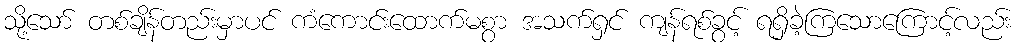
သို့သော် တစ်ချိန်တည်းမှာပင် ကံကောင်းထောက်မစွာ အသက်ရှင် ကျန်ရစ်ခွင့် ရရှိခဲ့ကြသောကြောင့်လည်း